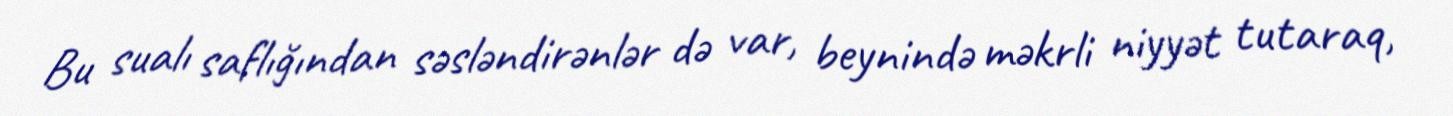
Bu sualı saflığından səsləndirənlər də var, beynində məkrli niyyət tutaraq,